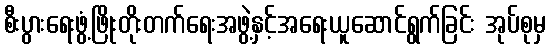
စီးပွားရေးဖွံ့ဖြိုးတိုးတက်ရေးအဖွဲ့နှင့်အရေးယူဆောင်ရွက်ခြင်း အုပ်စုမှ